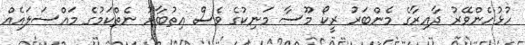
ހުޅުހެންވޭރު ދާއިރާގެ މެންބަރު ރީކޯ މޫސާ މަނިކުގެ ވެސް އިތުބާރު ނެތްކަމުގެ މައްސަލައެއް